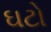
ઘટો